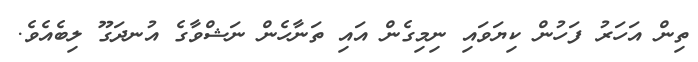
ތިން އަހަރު ފަހުން ކިޔަވައި ނިމިގެން އައި ތަނާހެން ނަޝްވާގެ އުނދަގޫ ލިބެއެވެ.